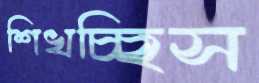
শিখচ্ছিস